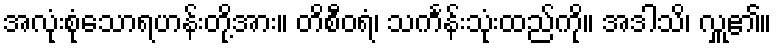
အလုံးစုံသောရဟန်းတို့အား။ တိစီဝရံ၊ သင်္ကန်းသုံးထည်ကို။ အဒါသိ၊ လှူ၏။